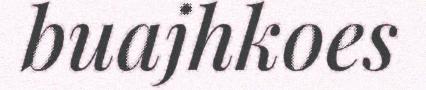
buajhkoes